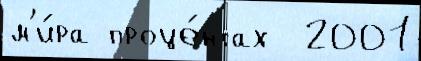
м'и́ра проце́нтах  2001